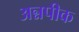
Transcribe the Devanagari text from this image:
अन्नपीक